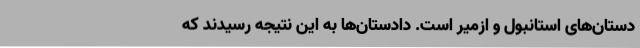
دستان‌های استانبول و ازمیر است. دادستان‌ها به این نتیجه رسیدند که